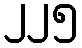
၂၂၅